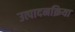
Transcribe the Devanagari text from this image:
उत्पादनक्रिया